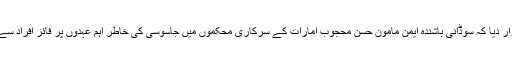
تفصیلات کے مطابق ابو ظہبی کی وفاقی عدالت برائے اپیل نے قرار دیا کہ سوڈانی باشندہ ایمن مامون حسن محجوب امارات کے سرکاری محکموں میں جاسوسی کی خاطر اہم عہدوں پر فائز افراد سے حساس نوعیت کی معلومات حاصل کرنے کا قصور وار پایا ہے۔